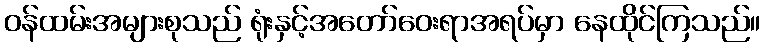
ဝန်ထမ်းအများစုသည် ရုံးနှင့်အတော်ဝေးရာအရပ်မှာ နေထိုင်ကြသည်။